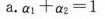
a.$$a _ { 1 } + a _ { 2 } = 1$$